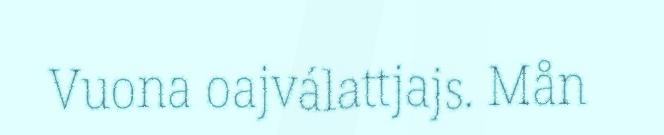
Vuona oajválattjajs. Mån